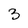
Character: 3